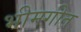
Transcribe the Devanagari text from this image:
भीमगीत